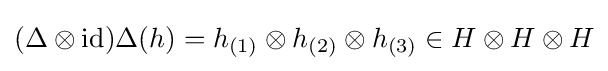
(\Delta \otimes \mathrm {id} )\Delta (h)=h_{(1)}\otimes h_{(2)}\otimes h_{(3)}\in H\otimes H\otimes H